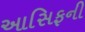
આસિફની